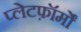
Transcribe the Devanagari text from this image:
प्लेटफ़ॉर्मों